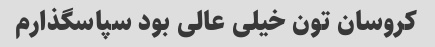
کروسان تون خیلی عالی بود سپاسگذارم